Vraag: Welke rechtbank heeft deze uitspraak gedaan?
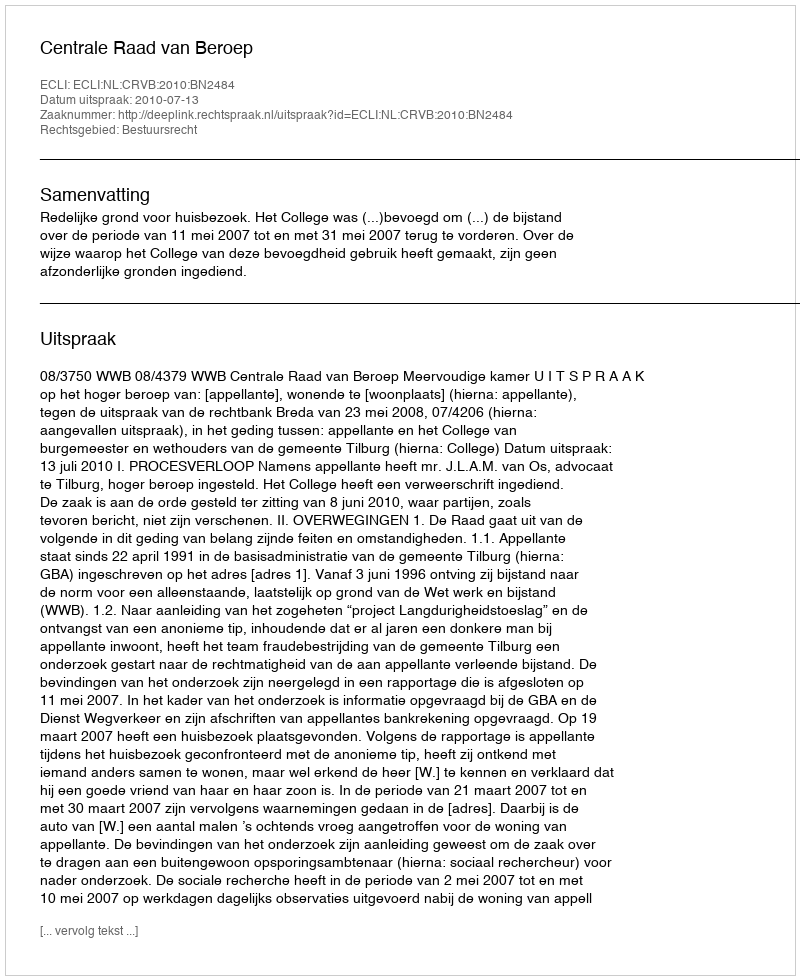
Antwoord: Centrale Raad van Beroep